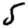
Digit: 5